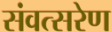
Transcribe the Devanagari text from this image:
संवत्सरेण